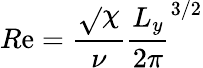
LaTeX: R\mathrm{e}=\frac{{\sqrt{}{{\chi}}}}{{\nu}}\frac{{L_{y}}}{{2\pi}}^{3/2}